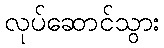
လုပ်ဆောင်သွား